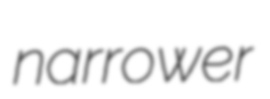
narrower